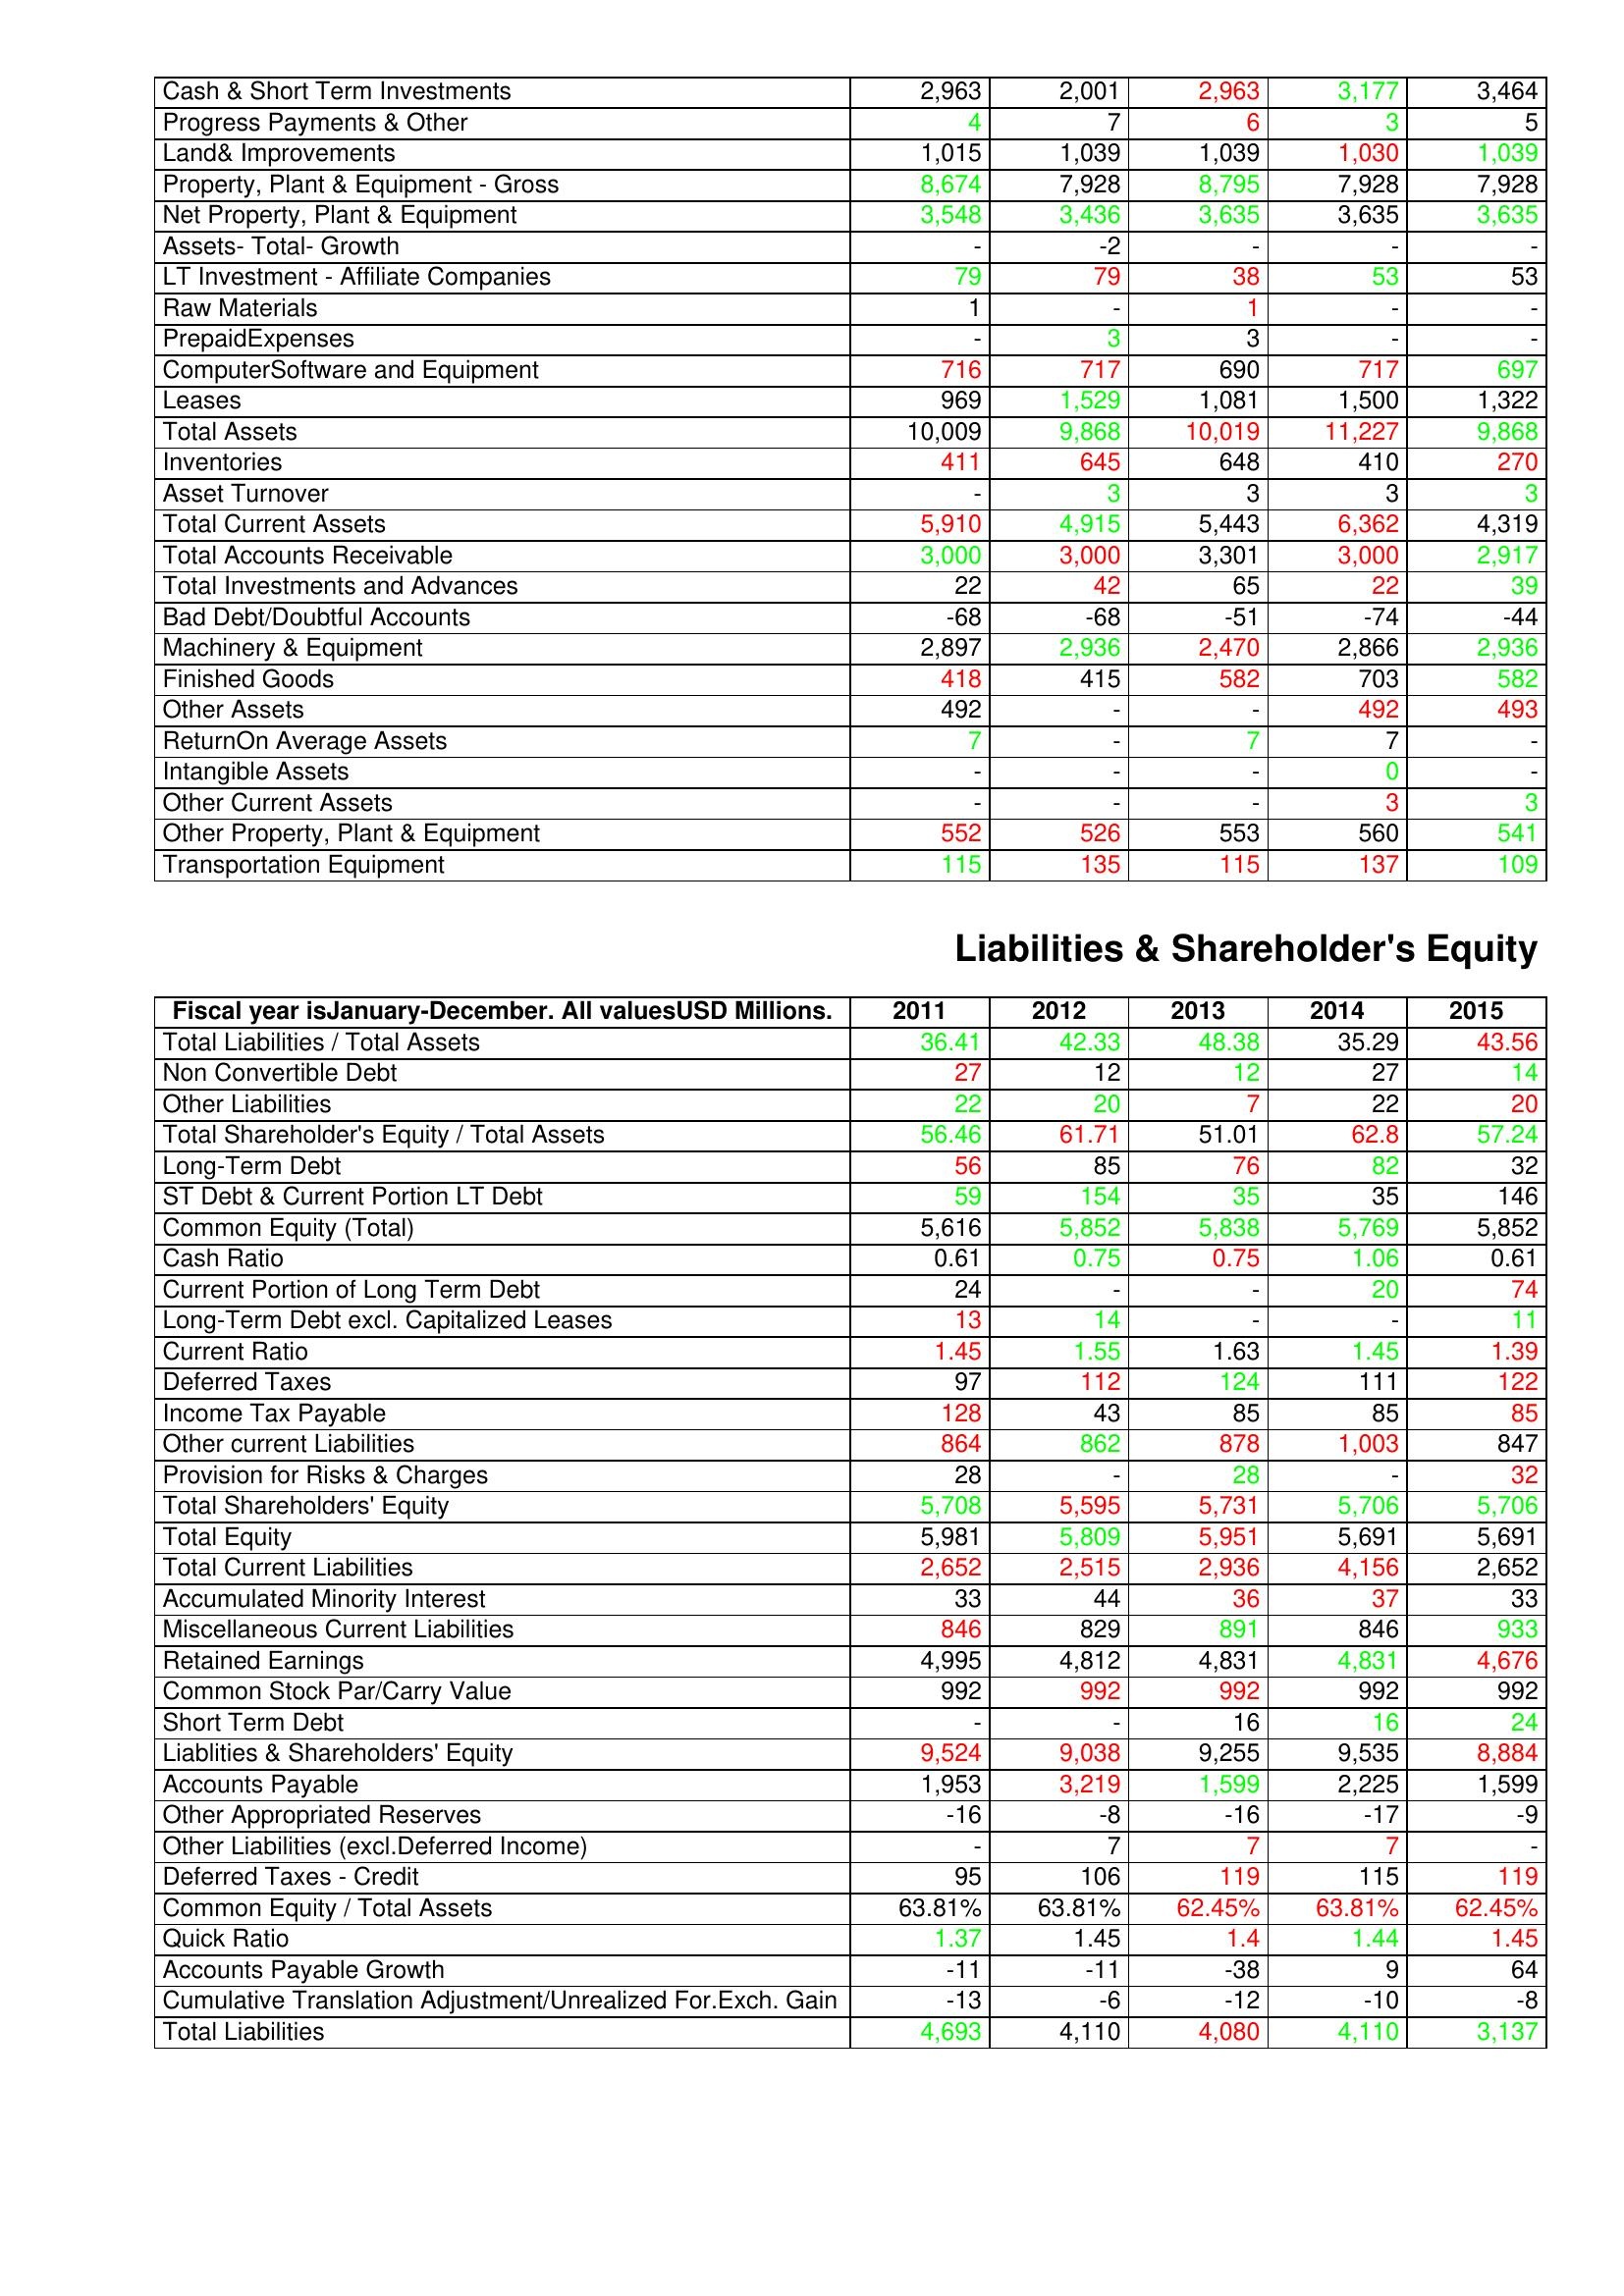
gt_parse: 2011: Assets: Cash & Short Term Investments: 2,963
Progress Payments & Other: 4
Land& Improvements: 1,015
Property, Plant & Equipment - Gross : 8,674
Net Property, Plant & Equipment: 3,548
Assets- Total- Growth: -
LT Investment - Affiliate Companies: 79
Raw Materials: 1
PrepaidExpenses: -
ComputerSoftware and Equipment: 716
Leases: 969
Total Assets: 10,009
Inventories: 411
Asset Turnover: -
Total Current Assets: 5,910
Total Accounts Receivable: 3,000
Total Investments and Advances: 22
Bad Debt/Doubtful Accounts: -68
Machinery & Equipment: 2,897
Finished Goods: 418
Other Assets: 492
ReturnOn Average Assets: 7
Intangible Assets: -
Other Current Assets: -
Other Property, Plant & Equipment: 552
Transportation Equipment: 115
Liabilities & Shareholder's Equity: Total Liabilities / Total Assets: 36.41
Non Convertible Debt: 27
Other Liabilities: 22
Total Shareholder's Equity / Total Assets: 56.46
Long-Term Debt: 56
ST Debt & Current Portion LT Debt: 59
Common Equity (Total): 5,616
Cash Ratio: 0.61
Current Portion of Long Term Debt: 24
Long-Term Debt excl. Capitalized Leases: 13
Current Ratio: 1.45
Deferred Taxes: 97
Income Tax Payable: 128
Other current Liabilities: 864
Provision for Risks & Charges: 28
Total Shareholders' Equity: 5,708
Total Equity: 5,981
Total Current Liabilities: 2,652
Accumulated Minority Interest: 33
Miscellaneous Current Liabilities: 846
Retained Earnings: 4,995
Common Stock Par/Carry Value: 992
Short Term Debt: -
Liablities & Shareholders' Equity: 9,524
Accounts Payable: 1,953
Other Appropriated Reserves: -16
Other Liabilities (excl.Deferred Income): -
Deferred Taxes - Credit: 95
Common Equity / Total Assets: 63.81%
Quick Ratio: 1.37
Accounts Payable Growth: -11
Cumulative Translation Adjustment/Unrealized For.Exch. Gain: -13
Total Liabilities: 4,693
2012: Assets: Cash & Short Term Investments: 2,001
Progress Payments & Other: 7
Land& Improvements: 1,039
Property, Plant & Equipment - Gross : 7,928
Net Property, Plant & Equipment: 3,436
Assets- Total- Growth: -2
LT Investment - Affiliate Companies: 79
Raw Materials: -
PrepaidExpenses: 3
ComputerSoftware and Equipment: 717
Leases: 1,529
Total Assets: 9,868
Inventories: 645
Asset Turnover: 3
Total Current Assets: 4,915
Total Accounts Receivable: 3,000
Total Investments and Advances: 42
Bad Debt/Doubtful Accounts: -68
Machinery & Equipment: 2,936
Finished Goods: 415
Other Assets: -
ReturnOn Average Assets: -
Intangible Assets: -
Other Current Assets: -
Other Property, Plant & Equipment: 526
Transportation Equipment: 135
Liabilities & Shareholder's Equity: Total Liabilities / Total Assets: 42.33
Non Convertible Debt: 12
Other Liabilities: 20
Total Shareholder's Equity / Total Assets: 61.71
Long-Term Debt: 85
ST Debt & Current Portion LT Debt: 154
Common Equity (Total): 5,852
Cash Ratio: 0.75
Current Portion of Long Term Debt: -
Long-Term Debt excl. Capitalized Leases: 14
Current Ratio: 1.55
Deferred Taxes: 112
Income Tax Payable: 43
Other current Liabilities: 862
Provision for Risks & Charges: -
Total Shareholders' Equity: 5,595
Total Equity: 5,809
Total Current Liabilities: 2,515
Accumulated Minority Interest: 44
Miscellaneous Current Liabilities: 829
Retained Earnings: 4,812
Common Stock Par/Carry Value: 992
Short Term Debt: -
Liablities & Shareholders' Equity: 9,038
Accounts Payable: 3,219
Other Appropriated Reserves: -8
Other Liabilities (excl.Deferred Income): 7
Deferred Taxes - Credit: 106
Common Equity / Total Assets: 63.81%
Quick Ratio: 1.45
Accounts Payable Growth: -11
Cumulative Translation Adjustment/Unrealized For.Exch. Gain: -6
Total Liabilities: 4,110
2013: Assets: Cash & Short Term Investments: 2,963
Progress Payments & Other: 6
Land& Improvements: 1,039
Property, Plant & Equipment - Gross : 8,795
Net Property, Plant & Equipment: 3,635
Assets- Total- Growth: -
LT Investment - Affiliate Companies: 38
Raw Materials: 1
PrepaidExpenses: 3
ComputerSoftware and Equipment: 690
Leases: 1,081
Total Assets: 10,019
Inventories: 648
Asset Turnover: 3
Total Current Assets: 5,443
Total Accounts Receivable: 3,301
Total Investments and Advances: 65
Bad Debt/Doubtful Accounts: -51
Machinery & Equipment: 2,470
Finished Goods: 582
Other Assets: -
ReturnOn Average Assets: 7
Intangible Assets: -
Other Current Assets: -
Other Property, Plant & Equipment: 553
Transportation Equipment: 115
Liabilities & Shareholder's Equity: Total Liabilities / Total Assets: 48.38
Non Convertible Debt: 12
Other Liabilities: 7
Total Shareholder's Equity / Total Assets: 51.01
Long-Term Debt: 76
ST Debt & Current Portion LT Debt: 35
Common Equity (Total): 5,838
Cash Ratio: 0.75
Current Portion of Long Term Debt: -
Long-Term Debt excl. Capitalized Leases: -
Current Ratio: 1.63
Deferred Taxes: 124
Income Tax Payable: 85
Other current Liabilities: 878
Provision for Risks & Charges: 28
Total Shareholders' Equity: 5,731
Total Equity: 5,951
Total Current Liabilities: 2,936
Accumulated Minority Interest: 36
Miscellaneous Current Liabilities: 891
Retained Earnings: 4,831
Common Stock Par/Carry Value: 992
Short Term Debt: 16
Liablities & Shareholders' Equity: 9,255
Accounts Payable: 1,599
Other Appropriated Reserves: -16
Other Liabilities (excl.Deferred Income): 7
Deferred Taxes - Credit: 119
Common Equity / Total Assets: 62.45%
Quick Ratio: 1.4
Accounts Payable Growth: -38
Cumulative Translation Adjustment/Unrealized For.Exch. Gain: -12
Total Liabilities: 4,080
2014: Assets: Cash & Short Term Investments: 3,177
Progress Payments & Other: 3
Land& Improvements: 1,030
Property, Plant & Equipment - Gross : 7,928
Net Property, Plant & Equipment: 3,635
Assets- Total- Growth: -
LT Investment - Affiliate Companies: 53
Raw Materials: -
PrepaidExpenses: -
ComputerSoftware and Equipment: 717
Leases: 1,500
Total Assets: 11,227
Inventories: 410
Asset Turnover: 3
Total Current Assets: 6,362
Total Accounts Receivable: 3,000
Total Investments and Advances: 22
Bad Debt/Doubtful Accounts: -74
Machinery & Equipment: 2,866
Finished Goods: 703
Other Assets: 492
ReturnOn Average Assets: 7
Intangible Assets: 0
Other Current Assets: 3
Other Property, Plant & Equipment: 560
Transportation Equipment: 137
Liabilities & Shareholder's Equity: Total Liabilities / Total Assets: 35.29
Non Convertible Debt: 27
Other Liabilities: 22
Total Shareholder's Equity / Total Assets: 62.8
Long-Term Debt: 82
ST Debt & Current Portion LT Debt: 35
Common Equity (Total): 5,769
Cash Ratio: 1.06
Current Portion of Long Term Debt: 20
Long-Term Debt excl. Capitalized Leases: -
Current Ratio: 1.45
Deferred Taxes: 111
Income Tax Payable: 85
Other current Liabilities: 1,003
Provision for Risks & Charges: -
Total Shareholders' Equity: 5,706
Total Equity: 5,691
Total Current Liabilities: 4,156
Accumulated Minority Interest: 37
Miscellaneous Current Liabilities: 846
Retained Earnings: 4,831
Common Stock Par/Carry Value: 992
Short Term Debt: 16
Liablities & Shareholders' Equity: 9,535
Accounts Payable: 2,225
Other Appropriated Reserves: -17
Other Liabilities (excl.Deferred Income): 7
Deferred Taxes - Credit: 115
Common Equity / Total Assets: 63.81%
Quick Ratio: 1.44
Accounts Payable Growth: 9
Cumulative Translation Adjustment/Unrealized For.Exch. Gain: -10
Total Liabilities: 4,110
2015: Assets: Cash & Short Term Investments: 3,464
Progress Payments & Other: 5
Land& Improvements: 1,039
Property, Plant & Equipment - Gross : 7,928
Net Property, Plant & Equipment: 3,635
Assets- Total- Growth: -
LT Investment - Affiliate Companies: 53
Raw Materials: -
PrepaidExpenses: -
ComputerSoftware and Equipment: 697
Leases: 1,322
Total Assets: 9,868
Inventories: 270
Asset Turnover: 3
Total Current Assets: 4,319
Total Accounts Receivable: 2,917
Total Investments and Advances: 39
Bad Debt/Doubtful Accounts: -44
Machinery & Equipment: 2,936
Finished Goods: 582
Other Assets: 493
ReturnOn Average Assets: -
Intangible Assets: -
Other Current Assets: 3
Other Property, Plant & Equipment: 541
Transportation Equipment: 109
Liabilities & Shareholder's Equity: Total Liabilities / Total Assets: 43.56
Non Convertible Debt: 14
Other Liabilities: 20
Total Shareholder's Equity / Total Assets: 57.24
Long-Term Debt: 32
ST Debt & Current Portion LT Debt: 146
Common Equity (Total): 5,852
Cash Ratio: 0.61
Current Portion of Long Term Debt: 74
Long-Term Debt excl. Capitalized Leases: 11
Current Ratio: 1.39
Deferred Taxes: 122
Income Tax Payable: 85
Other current Liabilities: 847
Provision for Risks & Charges: 32
Total Shareholders' Equity: 5,706
Total Equity: 5,691
Total Current Liabilities: 2,652
Accumulated Minority Interest: 33
Miscellaneous Current Liabilities: 933
Retained Earnings: 4,676
Common Stock Par/Carry Value: 992
Short Term Debt: 24
Liablities & Shareholders' Equity: 8,884
Accounts Payable: 1,599
Other Appropriated Reserves: -9
Other Liabilities (excl.Deferred Income): -
Deferred Taxes - Credit: 119
Common Equity / Total Assets: 62.45%
Quick Ratio: 1.45
Accounts Payable Growth: 64
Cumulative Translation Adjustment/Unrealized For.Exch. Gain: -8
Total Liabilities: 3,137